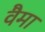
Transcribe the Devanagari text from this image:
वैमा